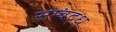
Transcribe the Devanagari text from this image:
सम्बंद्ध्